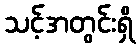
သင့်အတွင်းရှိ